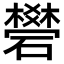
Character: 𥖯